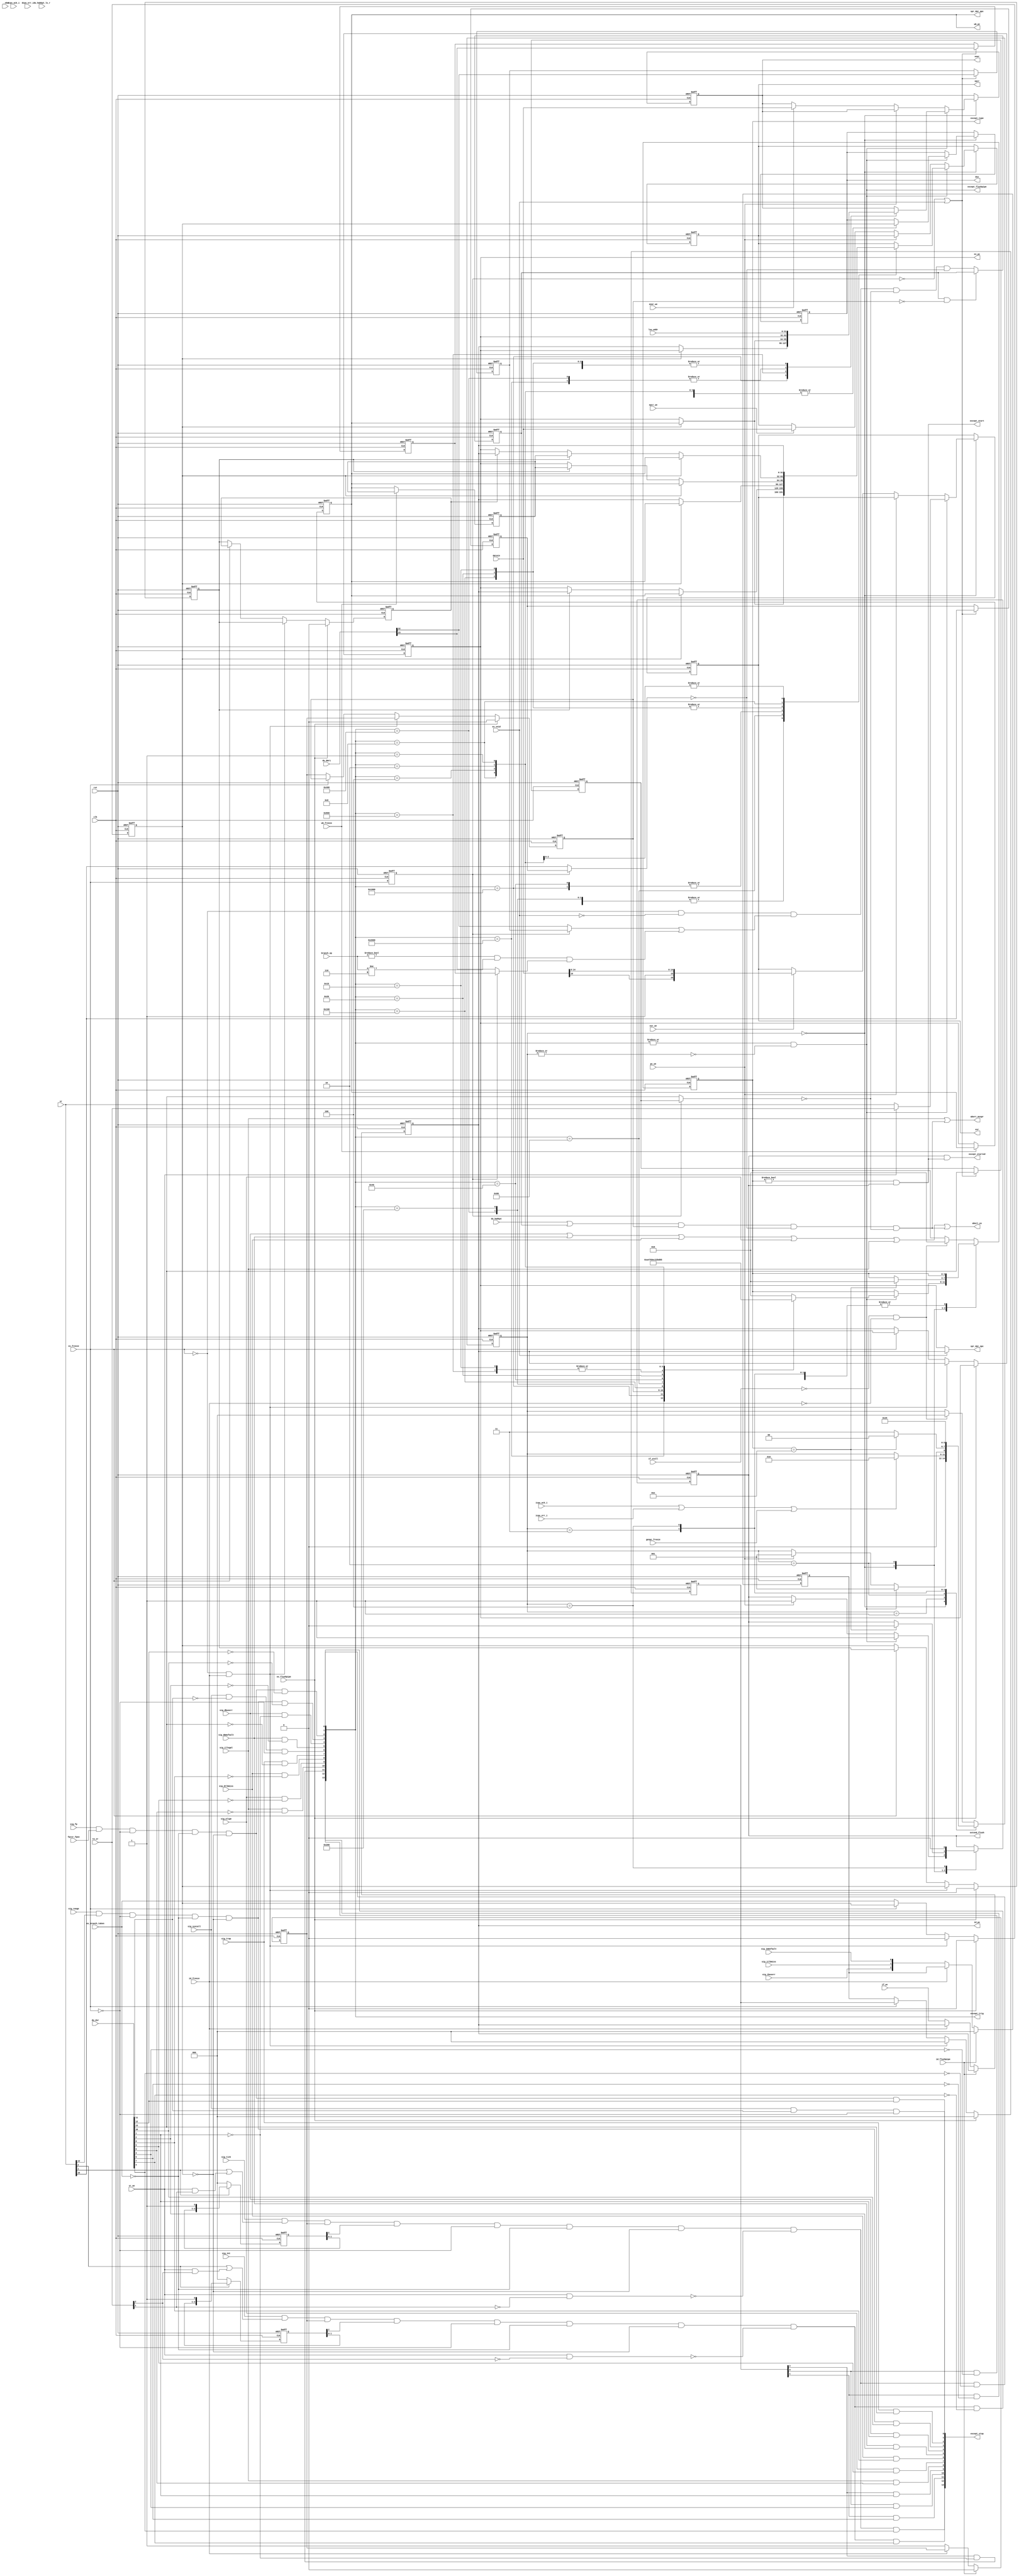
// Following code segment is generated from ./src/or1200_except.v:65
module or1200_except(clk, rst, sig_ibuserr, sig_dbuserr, sig_illegal, sig_align, sig_range, sig_dtlbmiss, sig_dmmufault, sig_int, sig_syscall, sig_trap, sig_itlbmiss, sig_immufault, sig_tick, ex_branch_taken, genpc_freeze, id_freeze, ex_freeze, wb_freeze, if_stall, if_pc, id_pc, ex_pc, wb_pc, id_flushpipe, ex_flushpipe, extend_flush, except_flushpipe, except_type, except_start, except_started, except_stop, except_trig, ex_void, abort_mvspr, branch_op, spr_dat_ppc, spr_dat_npc, datain, du_dsr, epcr_we, eear_we, esr_we, pc_we, epcr, eear, du_dmr1, du_hwbkpt, du_hwbkpt_ls_r, esr, sr_we, to_sr, sr, lsu_addr, abort_ex, icpu_ack_i, icpu_err_i, dcpu_ack_i, dcpu_err_i, sig_fp, fpcsr_fpee, dsx, __obs);
    input clk;
    input rst;
    input sig_ibuserr;
    input sig_dbuserr;
    input sig_illegal;
    input sig_align;
    input sig_range;
    input sig_dtlbmiss;
    input sig_dmmufault;
    input sig_int;
    input sig_syscall;
    input sig_trap;
    input sig_itlbmiss;
    input sig_immufault;
    input sig_tick;
    input ex_branch_taken;
    input genpc_freeze;
    input id_freeze;
    input ex_freeze;
    input wb_freeze;
    input if_stall;
    input [31:0] if_pc;
    output [31:0] id_pc;
    output [31:0] ex_pc;
    output [31:0] wb_pc;
    input id_flushpipe;
    input ex_flushpipe;
    output extend_flush;
    output except_flushpipe;
    output [3:0] except_type;
    output except_start;
    output except_started;
    output [13:0] except_stop;
    output [13:0] except_trig;
    input ex_void;
    output abort_mvspr;
    input [2:0] branch_op;
    output [31:0] spr_dat_ppc;
    output [31:0] spr_dat_npc;
    input [31:0] datain;
    input [13:0] du_dsr;
    input epcr_we;
    input eear_we;
    input esr_we;
    input pc_we;
    output [31:0] epcr;
    output [31:0] eear;
    input [24:0] du_dmr1;
    input du_hwbkpt;
    input du_hwbkpt_ls_r;
    output [16:0] esr;
    input sr_we;
    input [16:0] to_sr;
    input [16:0] sr;
    input [31:0] lsu_addr;
    output abort_ex;
    input icpu_ack_i;
    input icpu_err_i;
    input dcpu_ack_i;
    input dcpu_err_i;
    input sig_fp;
    input fpcsr_fpee;
    output dsx;
    input __obs;

    reg abort_ex = 1'b0;
    reg abort_mvspr = 1'b0;
    reg delayed1_ex_dslot = 1'b0;
    reg delayed2_ex_dslot = 1'b0;
    reg [2:0] delayed_iee = 3'b0;
    reg [2:0] delayed_tee = 3'b0;
    reg [31:0] dl_pc = 32'b0;
    reg dmr1_bt = 1'b0;
    reg dmr1_bt_prev = 1'b0;
    reg dmr1_st = 1'b0;
    reg dmr1_st_prev = 1'b0;
    reg dsr_te = 1'b0;
    reg dsr_te_prev = 1'b0;
    reg dsx = 1'b0;
    reg [31:0] eear = 32'b0;
    reg [31:0] epcr = 32'b0;
    reg [16:0] esr = 17'b0;
    reg ex_dslot = 1'b0;
    reg [2:0] ex_exceptflags = 3'b0;
    reg ex_freeze_prev = 1'b0;
    reg [31:0] ex_pc = 32'b0;
    reg ex_pc_val = 1'b0;
    reg except_flushpipe = 1'b0;
    reg except_start = 1'b0;
    reg except_started = 1'b0;
    reg [13:0] except_stop = 14'b0;
    reg [13:0] except_trig = 14'b0;
    reg [3:0] except_type = 4'b0;
    reg extend_flush = 1'b0;
    reg extend_flush_last = 1'b0;
    reg fp_pending = 1'b0;
    reg [2:0] id_exceptflags = 3'b0;
    reg [31:0] id_pc = 32'b0;
    reg id_pc_val = 1'b0;
    reg int_pending = 1'b0;
    reg range_pending = 1'b0;
    reg [31:0] spr_dat_npc = 32'b0;
    reg [31:0] spr_dat_ppc = 32'b0;
    reg sr_ted = 1'b0;
    reg sr_ted_prev = 1'b0;
    reg [2:0] state = 3'b0;
    reg tick_pending = 1'b0;
    reg trace_cond = 1'b0;
    reg trace_trap = 1'b0;
    reg [31:0] wb_pc = 32'b0;

    always @(*) begin
dsr_te = (ex_freeze_prev ? dsr_te_prev : du_dsr[13]); $display(";A 0");		//(assert (= @dsr_te    (ite (= #ex_freeze_prev  0b1) #dsr_te_prev  (bv-extract 13 13 #du_dsr )))) ;0 BL
    end
    always @(*) begin
sr_ted = (ex_freeze_prev ? sr_ted_prev : sr[16]); $display(";A 1");		//(assert (= @sr_ted    (ite (= #ex_freeze_prev  0b1) #sr_ted_prev  (bv-extract 16 16 #sr )))) ;1 BL
    end
    always @(*) begin
dmr1_st = (ex_freeze_prev ? dmr1_st_prev : du_dmr1[22]); $display(";A 2");		//(assert (= @dmr1_st    (ite (= #ex_freeze_prev  0b1) #dmr1_st_prev  (bv-extract 22 22 #du_dmr1 )))) ;2 BL
    end
    always @(*) begin
dmr1_bt = (ex_freeze_prev ? dmr1_bt_prev : du_dmr1[23]); $display(";A 3");		//(assert (= @dmr1_bt    (ite (= #ex_freeze_prev  0b1) #dmr1_bt_prev  (bv-extract 23 23 #du_dmr1 )))) ;3 BL
    end
    always @(*) begin
spr_dat_npc = (ex_void ? id_pc : ex_pc); $display(";A 4");		//(assert (= @spr_dat_npc    (ite (= #ex_void  0b1) #id_pc  #ex_pc ))) ;4 BL
    end
    always @(*) begin
except_trig = {(ex_exceptflags[1] & (~ du_dsr[9])), (ex_exceptflags[0] & (~ du_dsr[3])), (ex_exceptflags[2] & (~ du_dsr[1])), (sig_illegal & (~ du_dsr[6])), (sig_align & (~ du_dsr[5])), (sig_dtlbmiss & (~ du_dsr[8])), (sig_trap & (~ du_dsr[13])), ((sig_syscall & (~ du_dsr[11])) & (~ ex_freeze)), (sig_dmmufault & (~ du_dsr[2])), (sig_dbuserr & (~ du_dsr[1])), (range_pending & (~ du_dsr[10])), (fp_pending & (~ du_dsr[12])), (int_pending & (~ du_dsr[7])), (tick_pending & (~ du_dsr[4]))}; $display(";A 5");		//(assert (= @except_trig    (bv-concat (bv-and (bv-extract 1 1 #ex_exceptflags ) (bv-not (bv-extract 9 9 #du_dsr ))) (bv-and (bv-extract 0 0 #ex_exceptflags ) (bv-not (bv-extract 3 3 #du_dsr ))) (bv-and (bv-extract 2 2 #ex_exceptflags ) (bv-not (bv-extract 1 1 #du_dsr ))) (bv-and #sig_illegal  (bv-not (bv-extract 6 6 #du_dsr ))) (bv-and #sig_align  (bv-not (bv-extract 5 5 #du_dsr ))) (bv-and #sig_dtlbmiss  (bv-not (bv-extract 8 8 #du_dsr ))) (bv-and #sig_trap  (bv-not (bv-extract 13 13 #du_dsr ))) (bv-and (bv-and #sig_syscall  (bv-not (bv-extract 11 11 #du_dsr ))) (bv-not #ex_freeze )) (bv-and #sig_dmmufault  (bv-not (bv-extract 2 2 #du_dsr ))) (bv-and #sig_dbuserr  (bv-not (bv-extract 1 1 #du_dsr ))) (bv-and #range_pending  (bv-not (bv-extract 10 10 #du_dsr ))) (bv-and #fp_pending  (bv-not (bv-extract 12 12 #du_dsr ))) (bv-and #int_pending  (bv-not (bv-extract 7 7 #du_dsr ))) (bv-and #tick_pending  (bv-not (bv-extract 4 4 #du_dsr )))))) ;5 BL
    end
    always @(*) begin
except_stop = {(tick_pending & du_dsr[4]), (int_pending & du_dsr[7]), (ex_exceptflags[1] & du_dsr[9]), (ex_exceptflags[0] & du_dsr[3]), (ex_exceptflags[2] & du_dsr[1]), (sig_illegal & du_dsr[6]), (sig_align & du_dsr[5]), (sig_dtlbmiss & du_dsr[8]), (sig_dmmufault & du_dsr[2]), (sig_dbuserr & du_dsr[1]), (range_pending & du_dsr[10]), (sig_trap & du_dsr[13]), (fp_pending & du_dsr[12]), ((sig_syscall & du_dsr[11]) & (~ ex_freeze))}; $display(";A 6");		//(assert (= @except_stop    (bv-concat (bv-and #tick_pending  (bv-extract 4 4 #du_dsr )) (bv-and #int_pending  (bv-extract 7 7 #du_dsr )) (bv-and (bv-extract 1 1 #ex_exceptflags ) (bv-extract 9 9 #du_dsr )) (bv-and (bv-extract 0 0 #ex_exceptflags ) (bv-extract 3 3 #du_dsr )) (bv-and (bv-extract 2 2 #ex_exceptflags ) (bv-extract 1 1 #du_dsr )) (bv-and #sig_illegal  (bv-extract 6 6 #du_dsr )) (bv-and #sig_align  (bv-extract 5 5 #du_dsr )) (bv-and #sig_dtlbmiss  (bv-extract 8 8 #du_dsr )) (bv-and #sig_dmmufault  (bv-extract 2 2 #du_dsr )) (bv-and #sig_dbuserr  (bv-extract 1 1 #du_dsr )) (bv-and #range_pending  (bv-extract 10 10 #du_dsr )) (bv-and #sig_trap  (bv-extract 13 13 #du_dsr )) (bv-and #fp_pending  (bv-extract 12 12 #du_dsr )) (bv-and (bv-and #sig_syscall  (bv-extract 11 11 #du_dsr )) (bv-not #ex_freeze ))))) ;6 BL
    end
    always @(*) begin
except_started = (extend_flush & except_start); $display(";A 7");		//(assert (= @except_started    (bv-and #extend_flush  #except_start ))) ;7 BL
    end
    always @(*) begin
except_start = ((except_type != 4'b0000) & extend_flush); $display(";A 8");		//(assert (= @except_start    (bv-and (bv-not (bv-comp #except_type  0b0000)) #extend_flush ))) ;8 BL
    end
    always @(*) begin
int_pending = (((((((sig_int & (sr[2] | (sr_we & to_sr[2]))) & id_pc_val) & delayed_iee[2]) & (~ ex_freeze)) & (~ ex_branch_taken)) & (~ ex_dslot)) & (~ (sr_we & (~ to_sr[2])))); $display(";A 9");		//(assert (= @int_pending    (bv-and (bv-and (bv-and (bv-and (bv-and (bv-and (bv-and #sig_int  (bv-or (bv-extract 2 2 #sr ) (bv-and #sr_we  (bv-extract 2 2 #to_sr )))) #id_pc_val ) (bv-extract 2 2 #delayed_iee )) (bv-not #ex_freeze )) (bv-not #ex_branch_taken )) (bv-not #ex_dslot )) (bv-not (bv-and #sr_we  (bv-not (bv-extract 2 2 #to_sr ))))))) ;9 BL
    end
    always @(*) begin
tick_pending = (((((((sig_tick & (sr[1] | (sr_we & to_sr[1]))) & id_pc_val) & delayed_tee[2]) & (~ ex_freeze)) & (~ ex_branch_taken)) & (~ ex_dslot)) & (~ (sr_we & (~ to_sr[1])))); $display(";A 10");		//(assert (= @tick_pending    (bv-and (bv-and (bv-and (bv-and (bv-and (bv-and (bv-and #sig_tick  (bv-or (bv-extract 1 1 #sr ) (bv-and #sr_we  (bv-extract 1 1 #to_sr )))) #id_pc_val ) (bv-extract 2 2 #delayed_tee )) (bv-not #ex_freeze )) (bv-not #ex_branch_taken )) (bv-not #ex_dslot )) (bv-not (bv-and #sr_we  (bv-not (bv-extract 1 1 #to_sr ))))))) ;10 BL
    end
    always @(*) begin
fp_pending = ((((sig_fp & fpcsr_fpee) & (~ ex_freeze)) & (~ ex_branch_taken)) & (~ ex_dslot)); $display(";A 11");		//(assert (= @fp_pending    (bv-and (bv-and (bv-and (bv-and #sig_fp  #fpcsr_fpee ) (bv-not #ex_freeze )) (bv-not #ex_branch_taken )) (bv-not #ex_dslot )))) ;11 BL
    end
    always @(*) begin
range_pending = ((((sig_range & sr[12]) & (~ ex_freeze)) & (~ ex_branch_taken)) & (~ ex_dslot)); $display(";A 12");		//(assert (= @range_pending    (bv-and (bv-and (bv-and (bv-and #sig_range  (bv-extract 12 12 #sr )) (bv-not #ex_freeze )) (bv-not #ex_branch_taken )) (bv-not #ex_dslot )))) ;12 BL
    end
    always @(*) begin
abort_ex = (((((sig_dbuserr | sig_dmmufault) | sig_dtlbmiss) | sig_align) | sig_illegal) | ((((du_hwbkpt | trace_trap) & ex_pc_val) & (~|sr_ted)) & (~|dsr_te))); $display(";A 13");		//(assert (= @abort_ex    (bv-or (bv-or (bv-or (bv-or (bv-or #sig_dbuserr  #sig_dmmufault ) #sig_dtlbmiss ) #sig_align ) #sig_illegal ) (bv-and (bv-and (bv-and (bv-or #du_hwbkpt  #trace_trap ) #ex_pc_val ) (bv-not (bv-redor #sr_ted ))) (bv-not (bv-redor #dsr_te )))))) ;13 BL
    end
    always @(*) begin
abort_mvspr = (sig_illegal | ((((du_hwbkpt | trace_trap) & ex_pc_val) & (~|sr_ted)) & (~|dsr_te))); $display(";A 14");		//(assert (= @abort_mvspr    (bv-or #sig_illegal  (bv-and (bv-and (bv-and (bv-or #du_hwbkpt  #trace_trap ) #ex_pc_val ) (bv-not (bv-redor #sr_ted ))) (bv-not (bv-redor #dsr_te )))))) ;14 BL
    end
    always @(*) begin
spr_dat_ppc = wb_pc; $display(";A 15");		//(assert (= @spr_dat_ppc    #wb_pc )) ;15 BL
    end
    always @(*) begin
trace_cond = (((~|ex_freeze) & (~|ex_void)) & ((1'b0 | dmr1_st) | (((branch_op != 3'b000) & (branch_op != 3'b110)) & dmr1_bt))); $display(";A 16");		//(assert (= @trace_cond    (bv-and (bv-and (bv-not (bv-redor #ex_freeze )) (bv-not (bv-redor #ex_void ))) (bv-or (bv-or 0b0 #dmr1_st ) (bv-and (bv-and (bv-not (bv-comp #branch_op  0b000)) (bv-not (bv-comp #branch_op  0b110))) #dmr1_bt ))))) ;16 BL
    end
    always @(*) begin
except_flushpipe = ((|except_trig) & (~|state)); $display(";A 17");		//(assert (= @except_flushpipe    (bv-and (bv-redor #except_trig ) (bv-not (bv-redor #state ))))) ;17 BL
    end
    // Following code segment is generated from ./src/or1200_except.v:278
    always @(posedge rst or posedge clk) begin
        if ((rst == 1'b1)) begin
            trace_trap <= #1 1'b0; $display(";A 20");		//(assert (= @trace_trap    0b0)) ;20 NB
        end
        else begin
            if ((!(trace_trap && (!ex_pc_val)))) begin
                $display(";A 21");		//(assert (= (bv-not (bv-redor (bv-and #trace_trap  (bv-not (bv-redor #ex_pc_val )))))   0b1)) ;21 BR
                trace_trap <= #1 ((trace_cond & (!dsr_te)) & (!sr_ted)); $display(";A 23");		//(assert (= @trace_trap    (bv-and (bv-and #trace_cond  (bv-not (bv-redor #dsr_te ))) (bv-not (bv-redor #sr_ted ))))) ;23 NB
            end
            else begin
                $display(";A 22");		//(assert (= (bv-not (bv-redor (bv-and #trace_trap  (bv-not (bv-redor #ex_pc_val )))))   0b0)) ;22 BR
            end
        end
    end

    // Following code segment is generated from ./src/or1200_except.v:287
    always @(posedge rst or posedge clk) begin
        if ((rst == 1'b1)) begin
            ex_freeze_prev <= #1 1'b0; $display(";A 26");		//(assert (= @ex_freeze_prev    0b0)) ;26 NB
            sr_ted_prev <= #1 1'b0; $display(";A 27");		//(assert (= @sr_ted_prev    0b0)) ;27 NB
            dsr_te_prev <= #1 1'b0; $display(";A 28");		//(assert (= @dsr_te_prev    0b0)) ;28 NB
            dmr1_st_prev <= #1 1'b0; $display(";A 29");		//(assert (= @dmr1_st_prev    0b0)) ;29 NB
            dmr1_bt_prev <= #1 1'b0; $display(";A 30");		//(assert (= @dmr1_bt_prev    0b0)) ;30 NB
        end
        else begin
            ex_freeze_prev <= #1 ex_freeze; $display(";A 31");		//(assert (= @ex_freeze_prev    #ex_freeze )) ;31 NB
            if (((!ex_freeze_prev) || ex_void)) begin
                $display(";A 32");		//(assert (= (bv-or (bv-not (bv-redor #ex_freeze_prev )) #ex_void )   0b1)) ;32 BR
                sr_ted_prev <= #1 sr[16]; $display(";A 34");		//(assert (= @sr_ted_prev    (bv-extract 16 16 #sr ))) ;34 NB
                dsr_te_prev <= #1 du_dsr[13]; $display(";A 35");		//(assert (= @dsr_te_prev    (bv-extract 13 13 #du_dsr ))) ;35 NB
                dmr1_st_prev <= #1 du_dmr1[22]; $display(";A 36");		//(assert (= @dmr1_st_prev    (bv-extract 22 22 #du_dmr1 ))) ;36 NB
                dmr1_bt_prev <= #1 du_dmr1[23]; $display(";A 37");		//(assert (= @dmr1_bt_prev    (bv-extract 23 23 #du_dmr1 ))) ;37 NB
            end
            else begin
                $display(";A 33");		//(assert (= (bv-or (bv-not (bv-redor #ex_freeze_prev )) #ex_void )   0b0)) ;33 BR
            end
        end
    end

    // Following code segment is generated from ./src/or1200_except.v:344
    always @(posedge rst or posedge clk) begin
        if ((rst == 1'b1)) begin
            id_pc <= #1 32'b00000000000000000000000000000000; $display(";A 40");		//(assert (= @id_pc    0b00000000000000000000000000000000)) ;40 NB
            id_pc_val <= #1 1'b0; $display(";A 41");		//(assert (= @id_pc_val    0b0)) ;41 NB
            id_exceptflags <= #1 3'b000; $display(";A 42");		//(assert (= @id_exceptflags    0b000)) ;42 NB
        end
        else begin
            if (id_flushpipe) begin
                $display(";A 43");		//(assert (= #id_flushpipe    0b1)) ;43 BR
                id_pc_val <= #1 1'b0; $display(";A 45");		//(assert (= @id_pc_val    0b0)) ;45 NB
                id_exceptflags <= #1 3'b000; $display(";A 46");		//(assert (= @id_exceptflags    0b000)) ;46 NB
            end
            else begin
                $display(";A 44");		//(assert (= #id_flushpipe    0b0)) ;44 BR
                if ((!id_freeze)) begin
                    $display(";A 47");		//(assert (= (bv-not (bv-redor #id_freeze ))   0b1)) ;47 BR
                    id_pc <= #1 if_pc; $display(";A 49");		//(assert (= @id_pc    #if_pc )) ;49 NB
                    id_pc_val <= #1 1'b1; $display(";A 50");		//(assert (= @id_pc_val    0b1)) ;50 NB
                    id_exceptflags <= #1 {sig_ibuserr, sig_itlbmiss, sig_immufault}; $display(";A 51");		//(assert (= @id_exceptflags    (bv-concat #sig_ibuserr  #sig_itlbmiss  #sig_immufault ))) ;51 NB
                end
                else begin
                    $display(";A 48");		//(assert (= (bv-not (bv-redor #id_freeze ))   0b0)) ;48 BR
                end
            end
        end
    end

    // Following code segment is generated from ./src/or1200_except.v:369
    always @(posedge clk or posedge rst) begin
        if ((rst == 1'b1)) begin
            delayed_iee <= #1 3'b000; $display(";A 54");		//(assert (= @delayed_iee    0b000)) ;54 NB
        end
        else begin
            if ((!sr[2])) begin
                $display(";A 55");		//(assert (= (bv-not (bv-redor (bv-extract 2 2 #sr )))   0b1)) ;55 BR
                delayed_iee <= #1 3'b000; $display(";A 57");		//(assert (= @delayed_iee    0b000)) ;57 NB
            end
            else begin
                $display(";A 56");		//(assert (= (bv-not (bv-redor (bv-extract 2 2 #sr )))   0b0)) ;56 BR
                delayed_iee <= #1 {delayed_iee[1:0], 1'b1}; $display(";A 58");		//(assert (= @delayed_iee    (bv-concat (bv-extract 1 0 #delayed_iee ) 0b1))) ;58 NB
            end
        end
    end

    // Following code segment is generated from ./src/or1200_except.v:385
    always @(posedge clk or posedge rst) begin
        if ((rst == 1'b1)) begin
            delayed_tee <= #1 3'b000; $display(";A 61");		//(assert (= @delayed_tee    0b000)) ;61 NB
        end
        else begin
            if ((!sr[1])) begin
                $display(";A 62");		//(assert (= (bv-not (bv-redor (bv-extract 1 1 #sr )))   0b1)) ;62 BR
                delayed_tee <= #1 3'b000; $display(";A 64");		//(assert (= @delayed_tee    0b000)) ;64 NB
            end
            else begin
                $display(";A 63");		//(assert (= (bv-not (bv-redor (bv-extract 1 1 #sr )))   0b0)) ;63 BR
                delayed_tee <= #1 {delayed_tee[1:0], 1'b1}; $display(";A 65");		//(assert (= @delayed_tee    (bv-concat (bv-extract 1 0 #delayed_tee ) 0b1))) ;65 NB
            end
        end
    end

    // Following code segment is generated from ./src/or1200_except.v:396
    always @(posedge rst or posedge clk) begin
        if ((rst == 1'b1)) begin
            ex_dslot <= #1 1'b0; $display(";A 68");		//(assert (= @ex_dslot    0b0)) ;68 NB
            ex_pc <= #1 32'b00000000000000000000000000000000; $display(";A 69");		//(assert (= @ex_pc    0b00000000000000000000000000000000)) ;69 NB
            ex_pc_val <= #1 1'b0; $display(";A 70");		//(assert (= @ex_pc_val    0b0)) ;70 NB
            ex_exceptflags <= #1 3'b000; $display(";A 71");		//(assert (= @ex_exceptflags    0b000)) ;71 NB
            delayed1_ex_dslot <= #1 1'b0; $display(";A 72");		//(assert (= @delayed1_ex_dslot    0b0)) ;72 NB
            delayed2_ex_dslot <= #1 1'b0; $display(";A 73");		//(assert (= @delayed2_ex_dslot    0b0)) ;73 NB
        end
        else begin
            if (ex_flushpipe) begin
                $display(";A 74");		//(assert (= #ex_flushpipe    0b1)) ;74 BR
                ex_dslot <= #1 1'b0; $display(";A 76");		//(assert (= @ex_dslot    0b0)) ;76 NB
                ex_pc_val <= #1 1'b0; $display(";A 77");		//(assert (= @ex_pc_val    0b0)) ;77 NB
                ex_exceptflags <= #1 3'b000; $display(";A 78");		//(assert (= @ex_exceptflags    0b000)) ;78 NB
                delayed1_ex_dslot <= #1 1'b0; $display(";A 79");		//(assert (= @delayed1_ex_dslot    0b0)) ;79 NB
                delayed2_ex_dslot <= #1 1'b0; $display(";A 80");		//(assert (= @delayed2_ex_dslot    0b0)) ;80 NB
            end
            else begin
                $display(";A 75");		//(assert (= #ex_flushpipe    0b0)) ;75 BR
                if (((!ex_freeze) & id_freeze)) begin
                    $display(";A 81");		//(assert (= (bv-and (bv-not (bv-redor #ex_freeze )) #id_freeze )   0b1)) ;81 BR
                    ex_dslot <= #1 1'b0; $display(";A 83");		//(assert (= @ex_dslot    0b0)) ;83 NB
                    ex_pc <= #1 id_pc; $display(";A 84");		//(assert (= @ex_pc    #id_pc )) ;84 NB
                    ex_pc_val <= #1 id_pc_val; $display(";A 85");		//(assert (= @ex_pc_val    #id_pc_val )) ;85 NB
                    ex_exceptflags <= #1 3'b000; $display(";A 86");		//(assert (= @ex_exceptflags    0b000)) ;86 NB
                    delayed1_ex_dslot <= #1 ex_dslot; $display(";A 87");		//(assert (= @delayed1_ex_dslot    #ex_dslot )) ;87 NB
                    delayed2_ex_dslot <= #1 delayed1_ex_dslot; $display(";A 88");		//(assert (= @delayed2_ex_dslot    #delayed1_ex_dslot )) ;88 NB
                end
                else begin
                    $display(";A 82");		//(assert (= (bv-and (bv-not (bv-redor #ex_freeze )) #id_freeze )   0b0)) ;82 BR
                    if ((!ex_freeze)) begin
                        $display(";A 89");		//(assert (= (bv-not (bv-redor #ex_freeze ))   0b1)) ;89 BR
                        ex_dslot <= #1 ex_branch_taken; $display(";A 91");		//(assert (= @ex_dslot    #ex_branch_taken )) ;91 NB
                        ex_pc <= #1 id_pc; $display(";A 92");		//(assert (= @ex_pc    #id_pc )) ;92 NB
                        ex_pc_val <= #1 id_pc_val; $display(";A 93");		//(assert (= @ex_pc_val    #id_pc_val )) ;93 NB
                        ex_exceptflags <= #1 id_exceptflags; $display(";A 94");		//(assert (= @ex_exceptflags    #id_exceptflags )) ;94 NB
                        delayed1_ex_dslot <= #1 ex_dslot; $display(";A 95");		//(assert (= @delayed1_ex_dslot    #ex_dslot )) ;95 NB
                        delayed2_ex_dslot <= #1 delayed1_ex_dslot; $display(";A 96");		//(assert (= @delayed2_ex_dslot    #delayed1_ex_dslot )) ;96 NB
                    end
                    else begin
                        $display(";A 90");		//(assert (= (bv-not (bv-redor #ex_freeze ))   0b0)) ;90 BR
                    end
                end
            end
        end
    end

    // Following code segment is generated from ./src/or1200_except.v:433
    always @(posedge rst or posedge clk) begin
        if ((rst == 1'b1)) begin
            wb_pc <= #1 32'b00000000000000000000000000000000; $display(";A 99");		//(assert (= @wb_pc    0b00000000000000000000000000000000)) ;99 NB
            dl_pc <= #1 32'b00000000000000000000000000000000; $display(";A 100");		//(assert (= @dl_pc    0b00000000000000000000000000000000)) ;100 NB
        end
        else begin
            if ((!wb_freeze)) begin
                $display(";A 101");		//(assert (= (bv-not (bv-redor #wb_freeze ))   0b1)) ;101 BR
                wb_pc <= #1 ex_pc; $display(";A 103");		//(assert (= @wb_pc    #ex_pc )) ;103 NB
                dl_pc <= #1 wb_pc; $display(";A 104");		//(assert (= @dl_pc    #wb_pc )) ;104 NB
            end
            else begin
                $display(";A 102");		//(assert (= (bv-not (bv-redor #wb_freeze ))   0b0)) ;102 BR
            end
        end
    end

    // Following code segment is generated from ./src/or1200_except.v:457
    always @(posedge rst or posedge clk) begin
        if ((rst == 1'b1)) begin
            state <= #1 3'b000; $display(";A 107");		//(assert (= @state    0b000)) ;107 NB
            except_type <= #1 4'b0000; $display(";A 108");		//(assert (= @except_type    0b0000)) ;108 NB
            extend_flush <= #1 1'b0; $display(";A 109");		//(assert (= @extend_flush    0b0)) ;109 NB
            epcr <= #1 32'b00000000000000000000000000000000; $display(";A 110");		//(assert (= @epcr    0b00000000000000000000000000000000)) ;110 NB
            eear <= #1 32'b00000000000000000000000000000000; $display(";A 111");		//(assert (= @eear    0b00000000000000000000000000000000)) ;111 NB
            esr <= #1 17'b01000000000000001; $display(";A 112");		//(assert (= @esr    0b01000000000000001)) ;112 NB
            extend_flush_last <= #1 1'b0; $display(";A 113");		//(assert (= @extend_flush_last    0b0)) ;113 NB
            dsx <= #1 1'b0; $display(";A 114");		//(assert (= @dsx    0b0)) ;114 NB
        end
        else begin
            case (state)
                3'b000 :
                    begin
                        $display(";A 115");		//(assert (= #state    0b000)) ;115 CS
                        if (except_flushpipe) begin
                            $display(";A 116");		//(assert (= #except_flushpipe    0b1)) ;116 BR
                            state <= #1 3'b001; $display(";A 118");		//(assert (= @state    0b001)) ;118 NB
                            extend_flush <= #1 1'b1; $display(";A 119");		//(assert (= @extend_flush    0b1)) ;119 NB
                            esr <= #1 (sr_we ? to_sr : sr); $display(";A 120");		//(assert (= @esr    (ite (= #sr_we  0b1) #to_sr  #sr ))) ;120 NB
                            casez (except_trig)
                                14'b10000000000000 :
                                    begin
                                        $display(";A 121");		//(assert (= #except_trig    0b10000000000000)) ;121 CS
                                        except_type <= #1 4'b1010; $display(";A 122");		//(assert (= @except_type    0b1010)) ;122 NB
                                        eear <= #1 (ex_dslot ? ex_pc : ex_pc); $display(";A 123");		//(assert (= @eear    (ite (= #ex_dslot  0b1) #ex_pc  #ex_pc ))) ;123 NB
                                        epcr <= #1 (ex_dslot ? wb_pc : ex_pc); $display(";A 124");		//(assert (= @epcr    (ite (= #ex_dslot  0b1) #wb_pc  #ex_pc ))) ;124 NB
                                        dsx <= #1 ex_dslot; $display(";A 125");		//(assert (= @dsx    #ex_dslot )) ;125 NB
                                    end
                                14'b01000000000000 :
                                    begin
                                        $display(";A 126");		//(assert (= #except_trig    0b01000000000000)) ;126 CS
                                        except_type <= #1 4'b0100; $display(";A 127");		//(assert (= @except_type    0b0100)) ;127 NB
                                        eear <= #1 (ex_dslot ? ex_pc : (delayed1_ex_dslot ? id_pc : (delayed2_ex_dslot ? id_pc : id_pc))); $display(";A 128");		//(assert (= @eear    (ite (= #ex_dslot  0b1) #ex_pc  (ite (= #delayed1_ex_dslot  0b1) #id_pc  (ite (= #delayed2_ex_dslot  0b1) #id_pc  #id_pc ))))) ;128 NB
                                        epcr <= #1 (ex_dslot ? wb_pc : (delayed1_ex_dslot ? id_pc : (delayed2_ex_dslot ? id_pc : id_pc))); $display(";A 129");		//(assert (= @epcr    (ite (= #ex_dslot  0b1) #wb_pc  (ite (= #delayed1_ex_dslot  0b1) #id_pc  (ite (= #delayed2_ex_dslot  0b1) #id_pc  #id_pc ))))) ;129 NB
                                        dsx <= #1 ex_dslot; $display(";A 130");		//(assert (= @dsx    #ex_dslot )) ;130 NB
                                    end
                                14'b00100000000000 :
                                    begin
                                        $display(";A 131");		//(assert (= #except_trig    0b00100000000000)) ;131 CS
                                        except_type <= #1 4'b0010; $display(";A 132");		//(assert (= @except_type    0b0010)) ;132 NB
                                        eear <= #1 (ex_dslot ? wb_pc : ex_pc); $display(";A 133");		//(assert (= @eear    (ite (= #ex_dslot  0b1) #wb_pc  #ex_pc ))) ;133 NB
                                        epcr <= #1 (ex_dslot ? wb_pc : ex_pc); $display(";A 134");		//(assert (= @epcr    (ite (= #ex_dslot  0b1) #wb_pc  #ex_pc ))) ;134 NB
                                        dsx <= #1 ex_dslot; $display(";A 135");		//(assert (= @dsx    #ex_dslot )) ;135 NB
                                    end
                                14'b00010000000000 :
                                    begin
                                        $display(";A 136");		//(assert (= #except_trig    0b00010000000000)) ;136 CS
                                        except_type <= #1 4'b0111; $display(";A 137");		//(assert (= @except_type    0b0111)) ;137 NB
                                        eear <= #1 ex_pc; $display(";A 138");		//(assert (= @eear    #ex_pc )) ;138 NB
                                        epcr <= #1 (ex_dslot ? wb_pc : ex_pc); $display(";A 139");		//(assert (= @epcr    (ite (= #ex_dslot  0b1) #wb_pc  #ex_pc ))) ;139 NB
                                        dsx <= #1 ex_dslot; $display(";A 140");		//(assert (= @dsx    #ex_dslot )) ;140 NB
                                    end
                                14'b00001000000000 :
                                    begin
                                        $display(";A 141");		//(assert (= #except_trig    0b00001000000000)) ;141 CS
                                        except_type <= #1 4'b0110; $display(";A 142");		//(assert (= @except_type    0b0110)) ;142 NB
                                        eear <= #1 lsu_addr; $display(";A 143");		//(assert (= @eear    #lsu_addr )) ;143 NB
                                        epcr <= #1 (ex_dslot ? wb_pc : ex_pc); $display(";A 144");		//(assert (= @epcr    (ite (= #ex_dslot  0b1) #wb_pc  #ex_pc ))) ;144 NB
                                        dsx <= #1 ex_dslot; $display(";A 145");		//(assert (= @dsx    #ex_dslot )) ;145 NB
                                    end
                                14'b00000100000000 :
                                    begin
                                        $display(";A 146");		//(assert (= #except_trig    0b00000100000000)) ;146 CS
                                        except_type <= #1 4'b1001; $display(";A 147");		//(assert (= @except_type    0b1001)) ;147 NB
                                        eear <= #1 lsu_addr; $display(";A 148");		//(assert (= @eear    #lsu_addr )) ;148 NB
                                        epcr <= #1 (ex_dslot ? wb_pc : (delayed1_ex_dslot ? dl_pc : ex_pc)); $display(";A 149");		//(assert (= @epcr    (ite (= #ex_dslot  0b1) #wb_pc  (ite (= #delayed1_ex_dslot  0b1) #dl_pc  #ex_pc )))) ;149 NB
                                        dsx <= #1 ex_dslot; $display(";A 150");		//(assert (= @dsx    #ex_dslot )) ;150 NB
                                    end
                                14'b00000010000000 :
                                    begin
                                        $display(";A 151");		//(assert (= #except_trig    0b00000010000000)) ;151 CS
                                        except_type <= #1 4'b1110; $display(";A 152");		//(assert (= @except_type    0b1110)) ;152 NB
                                        epcr <= #1 (ex_dslot ? wb_pc : (delayed1_ex_dslot ? id_pc : ex_pc)); $display(";A 153");		//(assert (= @epcr    (ite (= #ex_dslot  0b1) #wb_pc  (ite (= #delayed1_ex_dslot  0b1) #id_pc  #ex_pc )))) ;153 NB
                                        dsx <= #1 ex_dslot; $display(";A 154");		//(assert (= @dsx    #ex_dslot )) ;154 NB
                                    end
                                14'b00000001000000 :
                                    begin
                                        $display(";A 155");		//(assert (= #except_trig    0b00000001000000)) ;155 CS
                                        except_type <= #1 4'b1100; $display(";A 156");		//(assert (= @except_type    0b1100)) ;156 NB
                                        epcr <= #1 (ex_dslot ? wb_pc : (delayed1_ex_dslot ? id_pc : (delayed2_ex_dslot ? id_pc : id_pc))); $display(";A 157");		//(assert (= @epcr    (ite (= #ex_dslot  0b1) #wb_pc  (ite (= #delayed1_ex_dslot  0b1) #id_pc  (ite (= #delayed2_ex_dslot  0b1) #id_pc  #id_pc ))))) ;157 NB
                                        dsx <= #1 ex_dslot; $display(";A 158");		//(assert (= @dsx    #ex_dslot )) ;158 NB
                                    end
                                14'b00000000100000 :
                                    begin
                                        $display(";A 159");		//(assert (= #except_trig    0b00000000100000)) ;159 CS
                                        except_type <= #1 4'b0011; $display(";A 160");		//(assert (= @except_type    0b0011)) ;160 NB
                                        eear <= #1 lsu_addr; $display(";A 161");		//(assert (= @eear    #lsu_addr )) ;161 NB
                                        epcr <= #1 (ex_dslot ? wb_pc : (delayed1_ex_dslot ? dl_pc : ex_pc)); $display(";A 162");		//(assert (= @epcr    (ite (= #ex_dslot  0b1) #wb_pc  (ite (= #delayed1_ex_dslot  0b1) #dl_pc  #ex_pc )))) ;162 NB
                                        dsx <= #1 ex_dslot; $display(";A 163");		//(assert (= @dsx    #ex_dslot )) ;163 NB
                                    end
                                14'b00000000010000 :
                                    begin
                                        $display(";A 164");		//(assert (= #except_trig    0b00000000010000)) ;164 CS
                                        except_type <= #1 4'b0010; $display(";A 165");		//(assert (= @except_type    0b0010)) ;165 NB
                                        eear <= #1 lsu_addr; $display(";A 166");		//(assert (= @eear    #lsu_addr )) ;166 NB
                                        epcr <= #1 (ex_dslot ? wb_pc : (delayed1_ex_dslot ? dl_pc : ex_pc)); $display(";A 167");		//(assert (= @epcr    (ite (= #ex_dslot  0b1) #wb_pc  (ite (= #delayed1_ex_dslot  0b1) #dl_pc  #ex_pc )))) ;167 NB
                                        dsx <= #1 ex_dslot; $display(";A 168");		//(assert (= @dsx    #ex_dslot )) ;168 NB
                                    end
                                14'b00000000001000 :
                                    begin
                                        $display(";A 169");		//(assert (= #except_trig    0b00000000001000)) ;169 CS
                                        except_type <= #1 4'b1011; $display(";A 170");		//(assert (= @except_type    0b1011)) ;170 NB
                                        epcr <= #1 (ex_dslot ? wb_pc : (delayed1_ex_dslot ? dl_pc : (delayed2_ex_dslot ? id_pc : ex_pc))); $display(";A 171");		//(assert (= @epcr    (ite (= #ex_dslot  0b1) #wb_pc  (ite (= #delayed1_ex_dslot  0b1) #dl_pc  (ite (= #delayed2_ex_dslot  0b1) #id_pc  #ex_pc ))))) ;171 NB
                                        dsx <= #1 ex_dslot; $display(";A 172");		//(assert (= @dsx    #ex_dslot )) ;172 NB
                                    end
                                14'b00000000000100 :
                                    begin
                                        $display(";A 173");		//(assert (= #except_trig    0b00000000000100)) ;173 CS
                                        except_type <= #1 4'b1101; $display(";A 174");		//(assert (= @except_type    0b1101)) ;174 NB
                                        epcr <= #1 id_pc; $display(";A 175");		//(assert (= @epcr    #id_pc )) ;175 NB
                                        dsx <= #1 ex_dslot; $display(";A 176");		//(assert (= @dsx    #ex_dslot )) ;176 NB
                                    end
                                14'b00000000000010 :
                                    begin
                                        $display(";A 177");		//(assert (= #except_trig    0b00000000000010)) ;177 CS
                                        except_type <= #1 4'b1000; $display(";A 178");		//(assert (= @except_type    0b1000)) ;178 NB
                                        epcr <= #1 id_pc; $display(";A 179");		//(assert (= @epcr    #id_pc )) ;179 NB
                                        dsx <= #1 ex_dslot; $display(";A 180");		//(assert (= @dsx    #ex_dslot )) ;180 NB
                                    end
                                14'b00000000000001 :
                                    begin
                                        $display(";A 181");		//(assert (= #except_trig    0b00000000000001)) ;181 CS
                                        except_type <= #1 4'b0101; $display(";A 182");		//(assert (= @except_type    0b0101)) ;182 NB
                                        epcr <= #1 id_pc; $display(";A 183");		//(assert (= @epcr    #id_pc )) ;183 NB
                                        dsx <= #1 ex_dslot; $display(";A 184");		//(assert (= @dsx    #ex_dslot )) ;184 NB
                                    end
                                default:
                                    begin
                                        $display(";A 185");		//(assert (= (and (/= #except_trig  0b10000000000000) (/= #except_trig  0b01000000000000) (/= #except_trig  0b00100000000000) (/= #except_trig  0b00010000000000) (/= #except_trig  0b00001000000000) (/= #except_trig  0b00000100000000) (/= #except_trig  0b00000010000000) (/= #except_trig  0b00000001000000) (/= #except_trig  0b00000000100000) (/= #except_trig  0b00000000010000) (/= #except_trig  0b00000000001000) (/= #except_trig  0b00000000000100) (/= #except_trig  0b00000000000010) (/= #except_trig  0b00000000000001))   true)) ;185 CS
                                        except_type <= #1 4'b0000; $display(";A 186");		//(assert (= @except_type    0b0000)) ;186 NB
                                    end
                            endcase
                        end
                        else begin
                            $display(";A 117");		//(assert (= #except_flushpipe    0b0)) ;117 BR
                            if (pc_we) begin
                                $display(";A 187");		//(assert (= #pc_we    0b1)) ;187 BR
                                state <= #1 3'b001; $display(";A 189");		//(assert (= @state    0b001)) ;189 NB
                                extend_flush <= #1 1'b1; $display(";A 190");		//(assert (= @extend_flush    0b1)) ;190 NB
                            end
                            else begin
                                $display(";A 188");		//(assert (= #pc_we    0b0)) ;188 BR
                                if (epcr_we) begin
                                    $display(";A 191");		//(assert (= #epcr_we    0b1)) ;191 BR
                                    epcr <= #1 datain; $display(";A 193");		//(assert (= @epcr    #datain )) ;193 NB
                                end
                                else begin
                                    $display(";A 192");		//(assert (= #epcr_we    0b0)) ;192 BR
                                end
                                if (eear_we) begin
                                    $display(";A 194");		//(assert (= #eear_we    0b1)) ;194 BR
                                    eear <= #1 datain; $display(";A 196");		//(assert (= @eear    #datain )) ;196 NB
                                end
                                else begin
                                    $display(";A 195");		//(assert (= #eear_we    0b0)) ;195 BR
                                end
                                if (esr_we) begin
                                    $display(";A 197");		//(assert (= #esr_we    0b1)) ;197 BR
                                    esr <= #1 {datain[16], 1'b1, datain[14:0]}; $display(";A 199");		//(assert (= @esr    (bv-concat (bv-extract 16 16 #datain ) 0b1 (bv-extract 14 0 #datain )))) ;199 NB
                                end
                                else begin
                                    $display(";A 198");		//(assert (= #esr_we    0b0)) ;198 BR
                                end
                            end
                        end
                    end
                3'b001 :
                    begin
                        $display(";A 200");		//(assert (= #state    0b001)) ;200 CS
                        if (((icpu_ack_i | icpu_err_i) | genpc_freeze)) begin
                            $display(";A 201");		//(assert (= (bv-or (bv-or #icpu_ack_i  #icpu_err_i ) #genpc_freeze )   0b1)) ;201 BR
                            state <= #1 3'b010; $display(";A 203");		//(assert (= @state    0b010)) ;203 NB
                        end
                        else begin
                            $display(";A 202");		//(assert (= (bv-or (bv-or #icpu_ack_i  #icpu_err_i ) #genpc_freeze )   0b0)) ;202 BR
                        end
                    end
                3'b010 :
                    begin
                        $display(";A 204");		//(assert (= #state    0b010)) ;204 CS
                        if ((except_type == 4'b1110)) begin
                            $display(";A 205");		//(assert (= (bv-comp #except_type  0b1110)   0b1)) ;205 BR
                            state <= #1 3'b000; $display(";A 207");		//(assert (= @state    0b000)) ;207 NB
                            extend_flush <= #1 1'b0; $display(";A 208");		//(assert (= @extend_flush    0b0)) ;208 NB
                            extend_flush_last <= #1 1'b0; $display(";A 209");		//(assert (= @extend_flush_last    0b0)) ;209 NB
                            except_type <= #1 4'b0000; $display(";A 210");		//(assert (= @except_type    0b0000)) ;210 NB
                        end
                        else begin
                            $display(";A 206");		//(assert (= (bv-comp #except_type  0b1110)   0b0)) ;206 BR
                            state <= #1 3'b011; $display(";A 211");		//(assert (= @state    0b011)) ;211 NB
                        end
                    end
                3'b011 :
                    begin
                        $display(";A 212");		//(assert (= #state    0b011)) ;212 CS
                        state <= #1 3'b100; $display(";A 213");		//(assert (= @state    0b100)) ;213 NB
                    end
                3'b100 :
                    begin
                        $display(";A 214");		//(assert (= #state    0b100)) ;214 CS
                        state <= #1 3'b101; $display(";A 215");		//(assert (= @state    0b101)) ;215 NB
                        extend_flush <= #1 1'b0; $display(";A 216");		//(assert (= @extend_flush    0b0)) ;216 NB
                        extend_flush_last <= #1 1'b0; $display(";A 217");		//(assert (= @extend_flush_last    0b0)) ;217 NB
                    end
                default:
                    begin
                        $display(";A 218");		//(assert (= (and (/= #state  0b000) (/= #state  0b001) (/= #state  0b010) (/= #state  0b011) (/= #state  0b100))   true)) ;218 CS
                        if (((!if_stall) && (!id_freeze))) begin
                            $display(";A 219");		//(assert (= (bv-and (bv-not (bv-redor #if_stall )) (bv-not (bv-redor #id_freeze )))   0b1)) ;219 BR
                            state <= #1 3'b000; $display(";A 221");		//(assert (= @state    0b000)) ;221 NB
                            except_type <= #1 4'b0000; $display(";A 222");		//(assert (= @except_type    0b0000)) ;222 NB
                            extend_flush_last <= #1 1'b0; $display(";A 223");		//(assert (= @extend_flush_last    0b0)) ;223 NB
                        end
                        else begin
                            $display(";A 220");		//(assert (= (bv-and (bv-not (bv-redor #if_stall )) (bv-not (bv-redor #id_freeze )))   0b0)) ;220 BR
                        end
                    end
            endcase
        end
    end

endmodule